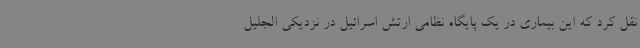
نقل کرد که این بیماری در یک پایگاه نظامی ارتش اسرائیل در نزدیکی الجلیل